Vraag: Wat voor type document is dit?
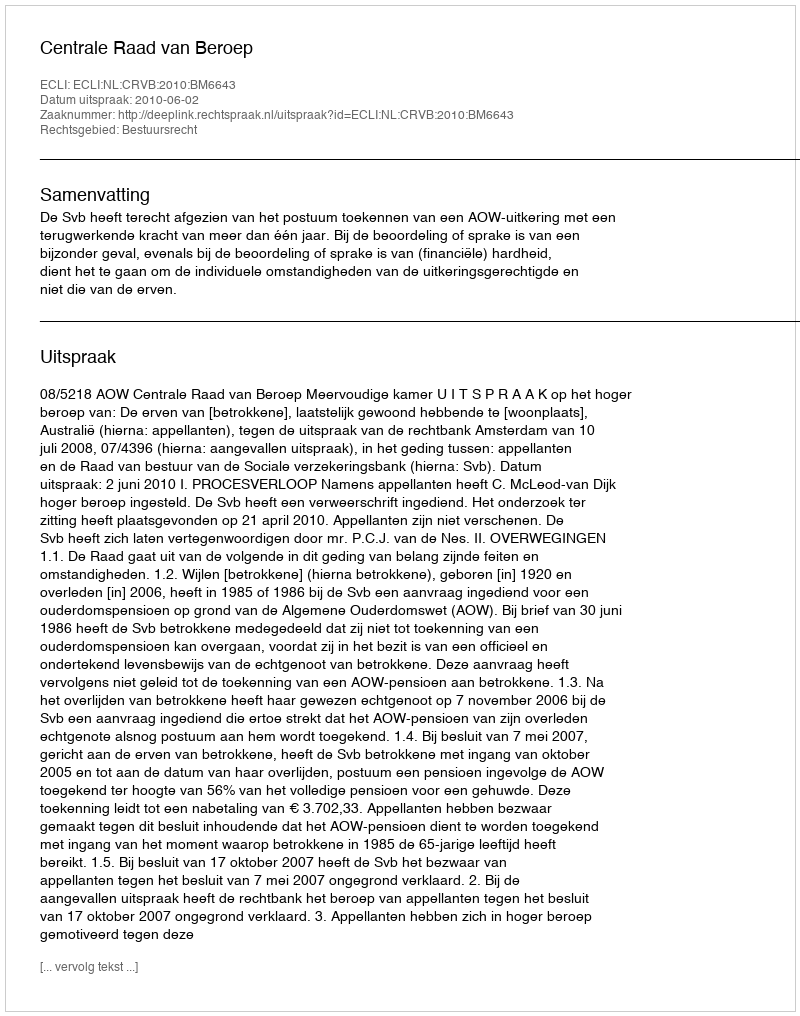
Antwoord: Uitspraak